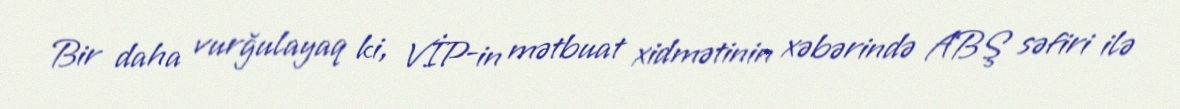
Bir daha vurğulayaq ki, VİP-in mətbuat xidmətinin xəbərində ABŞ səfiri ilə